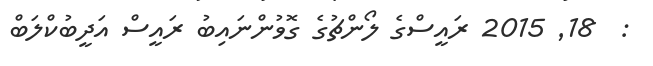
:  18